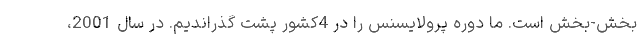
بخش-بخش است. ما دوره پرولایسنس را در 4کشور پشت گذراندیم. در سال 2001،